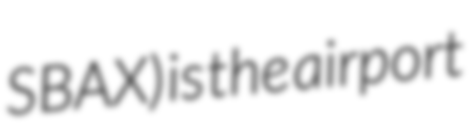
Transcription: SBAX) is the airport